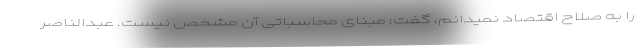
را به صلاح اقتصاد نمیدانم، گفت: مبنای محاسباتی آن مشخص نیست. عبدالناصر